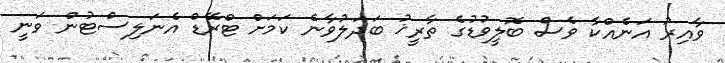
ވާއިރު އަނެއްކާ ވެސް ބޮލީވުޑުގެ ތާރީޚު ބަދަލުވާނެ ކަމަށް ޓްރޭޑް އެނަލިސްޓުން ވަނީ